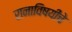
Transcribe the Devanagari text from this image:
रानाविषयीचे